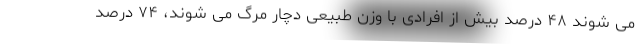
می شوند ۴۸ درصد بیش از افرادی با وزن طبیعی دچار مرگ می شوند، ۷۴ درصد